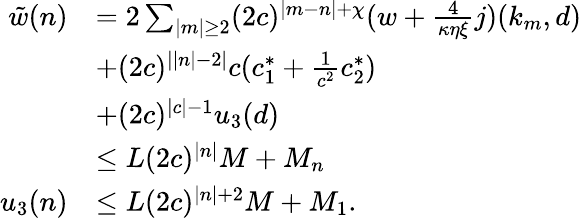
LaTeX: \begin{array}{rl}{\tilde{w}(n)}&{=2\sum_{\vert m\vert\ge 2}(2c)^{\vert m-n\vert+\chi}(w+\frac 4{\kappa\eta\xi}j)(k_{m},d)}\\ &{+(2c)^{\vert\vert n\vert-2\vert}c(c_{1}^{\ast}+\frac 1{c^{2}}c_{2}^{\ast})}\\ &{+(2c)^{\vert c\vert-1}u_{3}(d)}\\ &{\le L(2c)^{\vert n\vert}M+M_{n}}\\ {u_{3}(n)}&{\le L(2c)^{\vert n\vert+2}M+M_{1}.}\end{array}